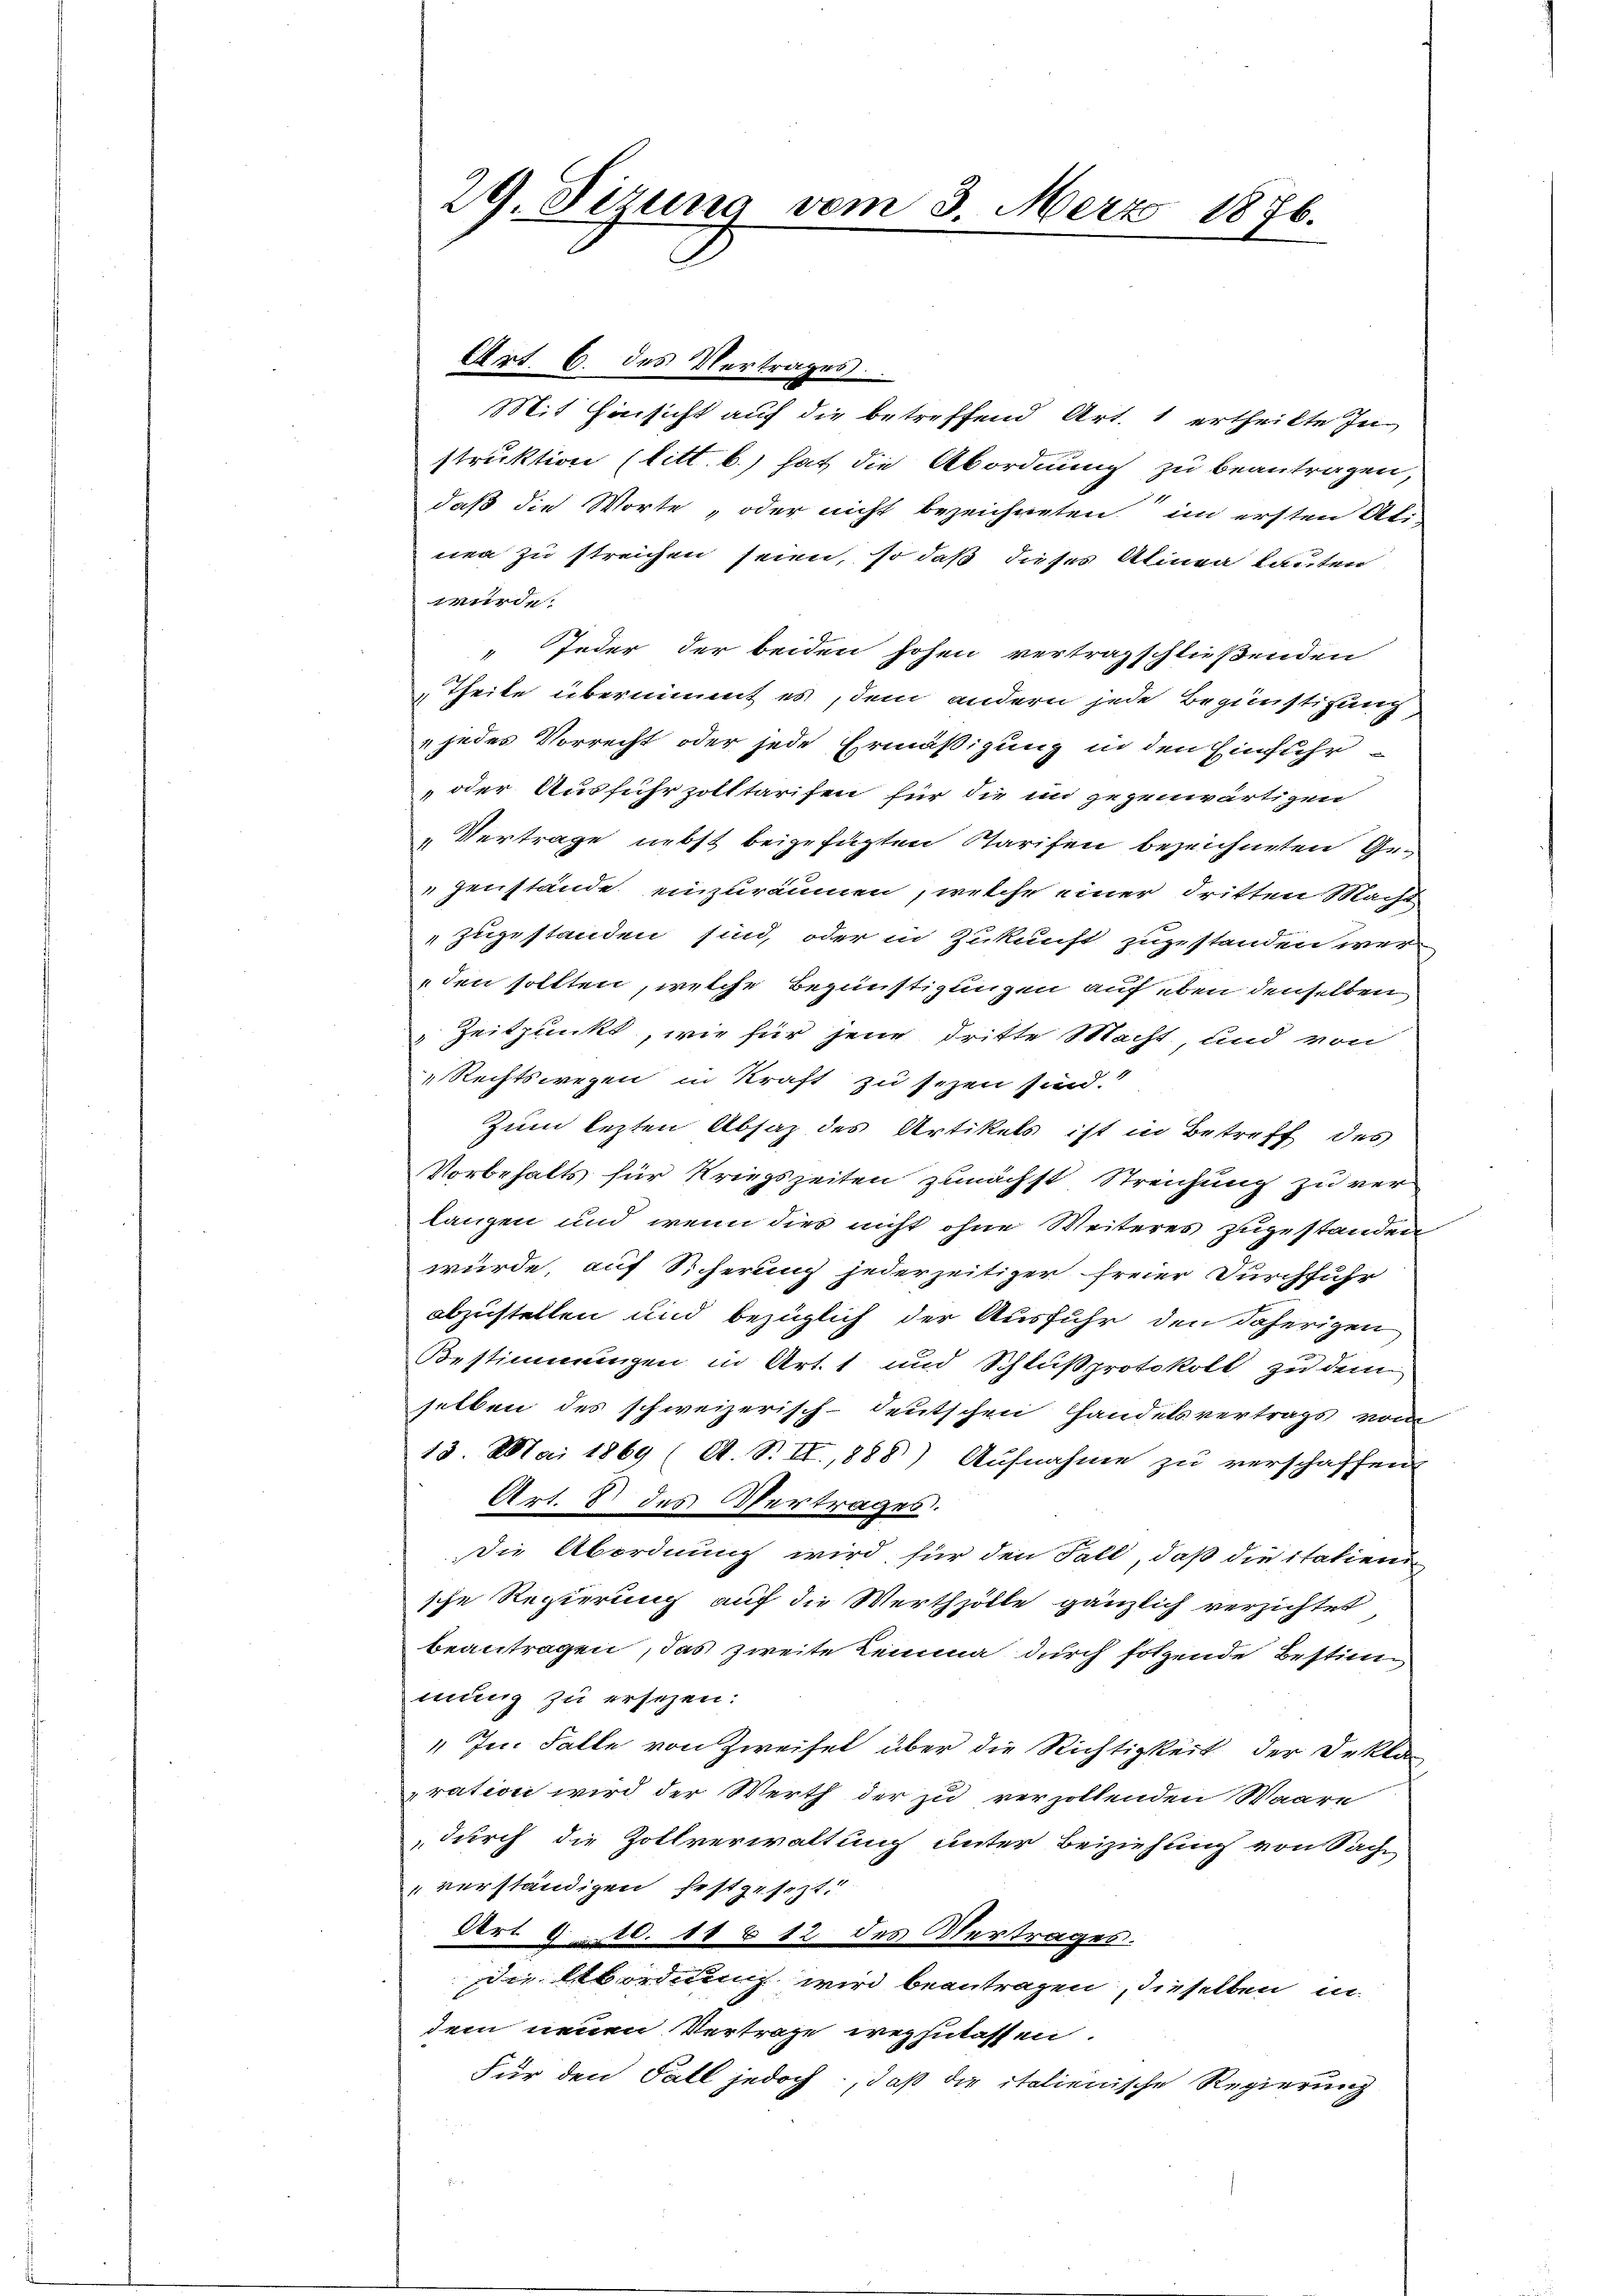
Art. 6. des Vertrages
Mit Einsicht auf die betreffend Art. 1 ertheilte Instruktion (litt. b.) hat die Abordnung zu beantragen,
daß die Worte, oder nicht bezeichneten im ersten Ali-
nen zu streichen seien, so daß dieses Alinea lauten
werde.
" Jeder der beiden hohen vertragschließenden
„Theile übernimmt es, dem andern jede Begünstigung
„jedes Vorrecht oder jede Ermäßigung in den Einfuhr
oder Ausfuhrzolltarifen für die in gegenwärtigen
„Vertrage nebst beigefügten Starifen bezeichneten Gezenstände einzuräumen, welche einer dritten Macht
zugestanden sind, oder in Zukunft zugestanden wer
den sollten, welche Begünstigungen auf eben denselben
Zeitpunkt, wie für jene dritte Macht und von
Rechtswegen in Kraft zu sezen sind.
Zum lezten Absaz des Artikels ist in Betreff des
Vorbehalts für Kriegszeiten zunächst Streichung zu verlangen und wenn dies nicht ohne Weiteres zugestanden
würde, auf Sicherung jederzeitiger freier Durchführ
abzustellen und bezüglich der Ausfuhr den daherigen
Bestimmungen in Art. 1 und Schlußprotokoll zu dem
selben des schweizerisch-deutschen Handelsvertrags von
13. Mai 1869 (A. S. II., 888) Aufnahme zu verschaffen
Art. V des Obertrages.
die Abordnung wird für den Fall, daß die italien
sche Regierung auf die Werthzölle gänzlich verzichtet
beantragen, das zweite Lemma durch folgende Bestimmung zu ersehen:
„ Im Falle von Zweifel über die Richtigkeit der Deklag
ration wird der Werth der zu verzollenden Waare
durch die Zollverwaltung unter Beiziehung von Sache
verständigen festgesezt.
Ort. 810. 11 & 12 des Oertrages.
de Abordnung wird beantragen, dieselben in
dem neuen Vertrage wegzulassen.
Für den Fall jedoch, daß die italienische Regierung

29. Sizung vom 3. Merz 1876.